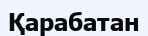
Қарабатан